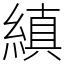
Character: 縝